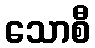
သောစီ